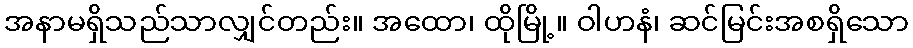
အနာမရှိသည်သာလျှင်တည်း။ အထော၊ ထိုမြို့။ ဝါဟနံ၊ ဆင်မြင်းအစရှိသော